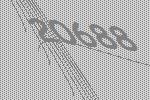
20688